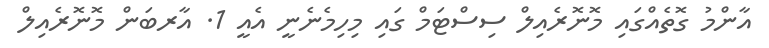
އާންމު ގޮތެއްގައި މޮނޮރެއިލް ސިސްޓަމް ގައި މިހިމެނެނީ އެއީ 1. އާރބަން މޮނޮރެއިލް